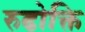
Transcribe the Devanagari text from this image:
रुढोक्ति